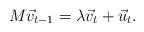
LaTeX: \begin{align*}M \vec v_{t-1} = \lambda \vec v_t + \vec u_t.\end{align*}